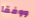
ووفقا